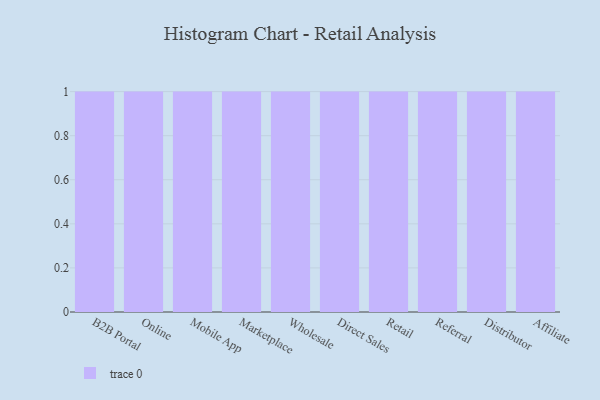
{"axis": {"x": "Channel", "y": "Production Output"}, "legend": [""], "data": [{"x": "B2B Portal", "y": 75, "type": ""}, {"x": "Online", "y": 68, "type": ""}, {"x": "Mobile App", "y": 97, "type": ""}, {"x": "Marketplace", "y": 55, "type": ""}, {"x": "Wholesale", "y": 43, "type": ""}, {"x": "Direct Sales", "y": 36, "type": ""}, {"x": "Retail", "y": 80, "type": ""}, {"x": "Referral", "y": 65, "type": ""}, {"x": "Distributor", "y": 30, "type": ""}, {"x": "Affiliate", "y": 99, "type": ""}]}